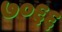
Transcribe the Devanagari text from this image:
७०६६